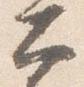
太